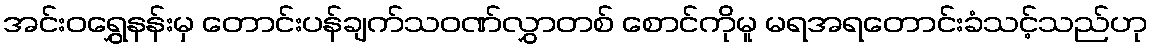
အင်းဝရွှေနန်းမှ တောင်းပန်ချက်သဝဏ်လွှာတစ် စောင်ကိုမူ မရအရတောင်းခံသင့်သည်ဟု